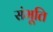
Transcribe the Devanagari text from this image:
संभूति